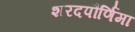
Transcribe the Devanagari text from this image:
शरदपौर्णिमा